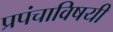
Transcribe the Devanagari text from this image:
प्रपंचाविषयी